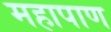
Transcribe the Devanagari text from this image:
महापाण